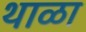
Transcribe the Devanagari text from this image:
थाळा